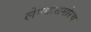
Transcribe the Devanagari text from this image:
लेण्यासमोरच